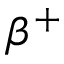
\beta ^ { + }